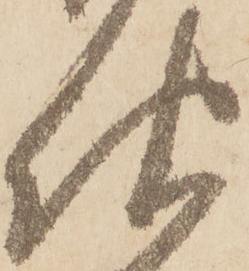
次